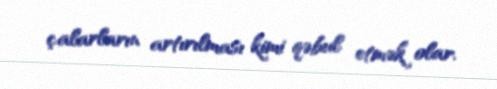
çalarların artırılması kimi qəbul etmək olar.